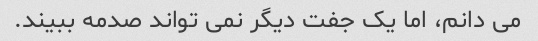
می دانم، اما یک جفت دیگر نمی تواند صدمه ببیند.